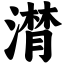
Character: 潸